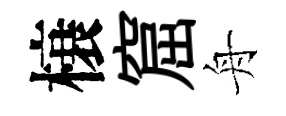
榱窟舟